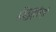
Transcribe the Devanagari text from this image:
विद्युत्तंरगों